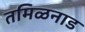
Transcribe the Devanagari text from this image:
तमिळनाड